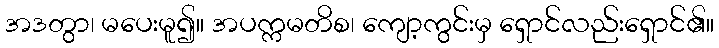
အဒတွာ၊ မပေးမူ၍။ အပက္ကမတိစ၊ ကျော့ကွင်းမှ ရှောင်လည်းရှောင်၏။